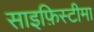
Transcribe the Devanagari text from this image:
साइफ़िस्टीमा